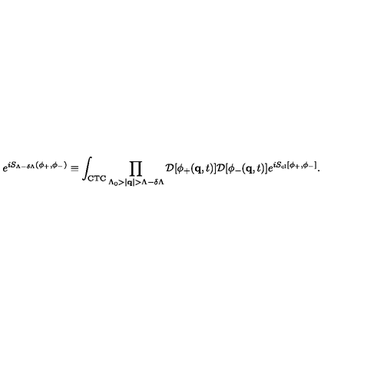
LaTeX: e ^ { i S _ { \Lambda - \delta \Lambda } ( \phi _ { + } , \phi _ { - } ) } \equiv \int _ { \mathrm { C T C } } \prod _ { \Lambda _ { 0 } > | { \bf q } | > \Lambda - \delta \Lambda } { \cal D } [ \phi _ { + } ( { \bf q } , t ) ] { \cal D } [ \phi _ { - } ( { \bf q } , t ) ] e ^ { i S _ { \mathrm { c l } } [ \phi _ { + } , \phi _ { - } ] } .